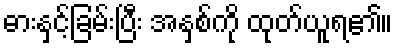
ဓားနှင့်ခြမ်းပြီး အနှစ်ကို ထုတ်ယူရ၏။